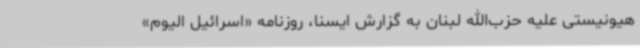
هیونیستی علیه حزب‌الله لبنان به گزارش ایسنا، روزنامه «اسرائیل الیوم»